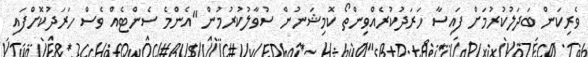
ވެރިކަން ބަދަލުކުރުމަށް ފައިސާ ހަރަދުކުރެއްވިންތޯ ކޮމިޝަނުން ސުވާލުކުރުމުން "އެންމެ ސެންޓެއް ވެސް ހަރަދުކޮށްފައި